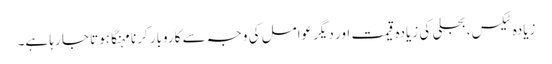
زیادہ ٹیکس، بجلی کی زیادہ قیمت اور دیگر عوامل کی وجہ سے کاروبار کرنا مہنگا ہوتا جا رہا ہے۔